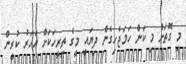
މި ގޮތަށް މި ކަން ހަމަޖެހިގެން ދިޔައީ މީގެ ތިރީހަކަށް އަހަރު ކުރީން